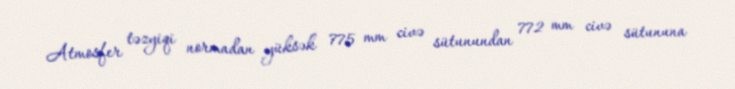
Atmosfer təzyiqi normadan yüksək 775 mm civə sütunundan 772 mm civə sütununa